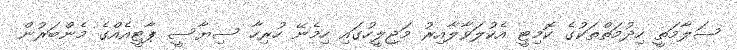
ސަލާމަތީ ހިދުމަތްތަކުގެ ކޮމިޓީ އެކުލަވާލާއިރު މަޖިލީހުގައި ހިމެނޭ ހުރިހާ ސިޔާސީ ޕާޓީއެއްގެ މެންބަރުން